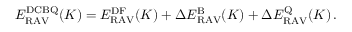
\begin{array} { r } { E _ { \mathrm { R A V } } ^ { \mathrm { D C B Q } } ( K ) = E _ { \mathrm { R A V } } ^ { \mathrm { D F } } ( K ) + \Delta E _ { \mathrm { R A V } } ^ { \mathrm { B } } ( K ) + \Delta E _ { \mathrm { R A V } } ^ { \mathrm { Q } } ( K ) \, . } \end{array}